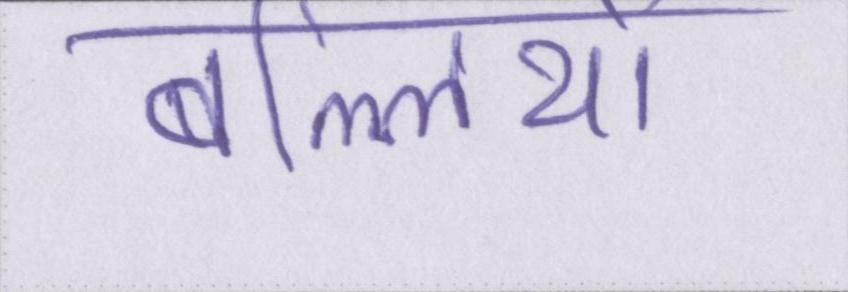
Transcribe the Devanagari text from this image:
बल्लियों